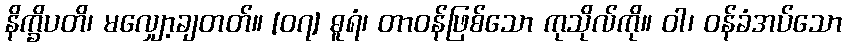
နိက္ခိပတိ၊ မလျှော့ချတတ်။ [၀၇] ဓူရံ၊ တာဝန်ဖြစ်သော ကုသိုလ်ကို။ ဝါ၊ ဝန်ခံအပ်သော